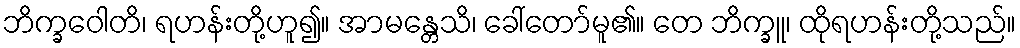
ဘိက္ခဝေါတိ၊ ရဟန်းတို့ဟူ၍။ အာမန္တေသိ၊ ခေါ်တော်မူ၏။ တေ ဘိက္ခူ၊ ထိုရဟန်းတို့သည်။